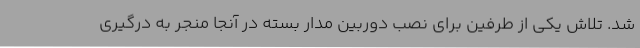
شد. تلاش یکی از طرفین برای نصب دوربین مدار بسته در آنجا منجر به درگیری